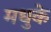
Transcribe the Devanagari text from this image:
मधुके